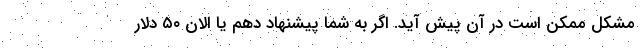
مشکل ممکن است در آن پیش آید. اگر به شما پیشنهاد دهم یا الان ۵۰ دلار